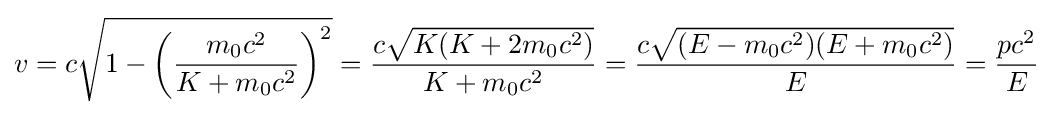
v=c{\sqrt {1-\left({\frac {m_{0}c^{2}}{K+m_{0}c^{2}}}\right)^{2}}}={\frac {c{\sqrt {K(K+2m_{0}c^{2})}}}{K+m_{0}c^{2}}}={\frac {c{\sqrt {(E-m_{0}c^{2})(E+m_{0}c^{2})}}}{E}}={\frac {pc^{2}}{E}}